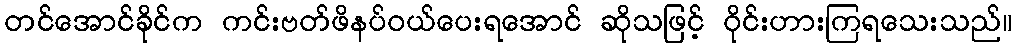
တင်အောင်ခိုင်က ကင်းဗတ်ဖိနပ်ဝယ်ပေးရအောင် ဆိုသဖြင့် ဝိုင်းဟားကြရသေးသည်။